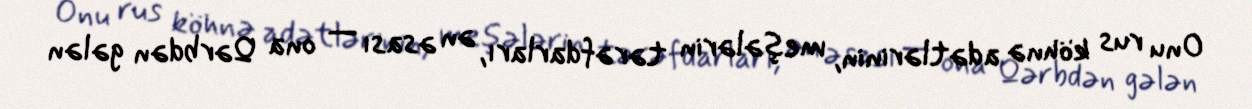
Onu rus köhnə adətlərinin, meşələrin tərəfdarları, ən əsası — ona Qərbdən gələn